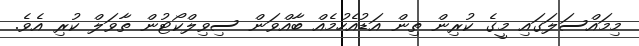
މިމައްސަލަގައި މީގެ ކުރިން ތިން އަޑުއެހުމެއް ބާއްވަން ސިވިލްކޯޓުން ތާވަލް ކުރި އެވެ.